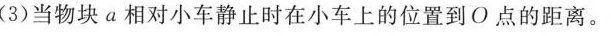
(3)当物块a相对小车静止时在小车上的位置到O点的距离。